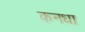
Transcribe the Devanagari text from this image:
कनधा